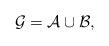
LaTeX: \begin{align*}\mathcal{G} = \mathcal{A} \cup \mathcal{B},\end{align*}